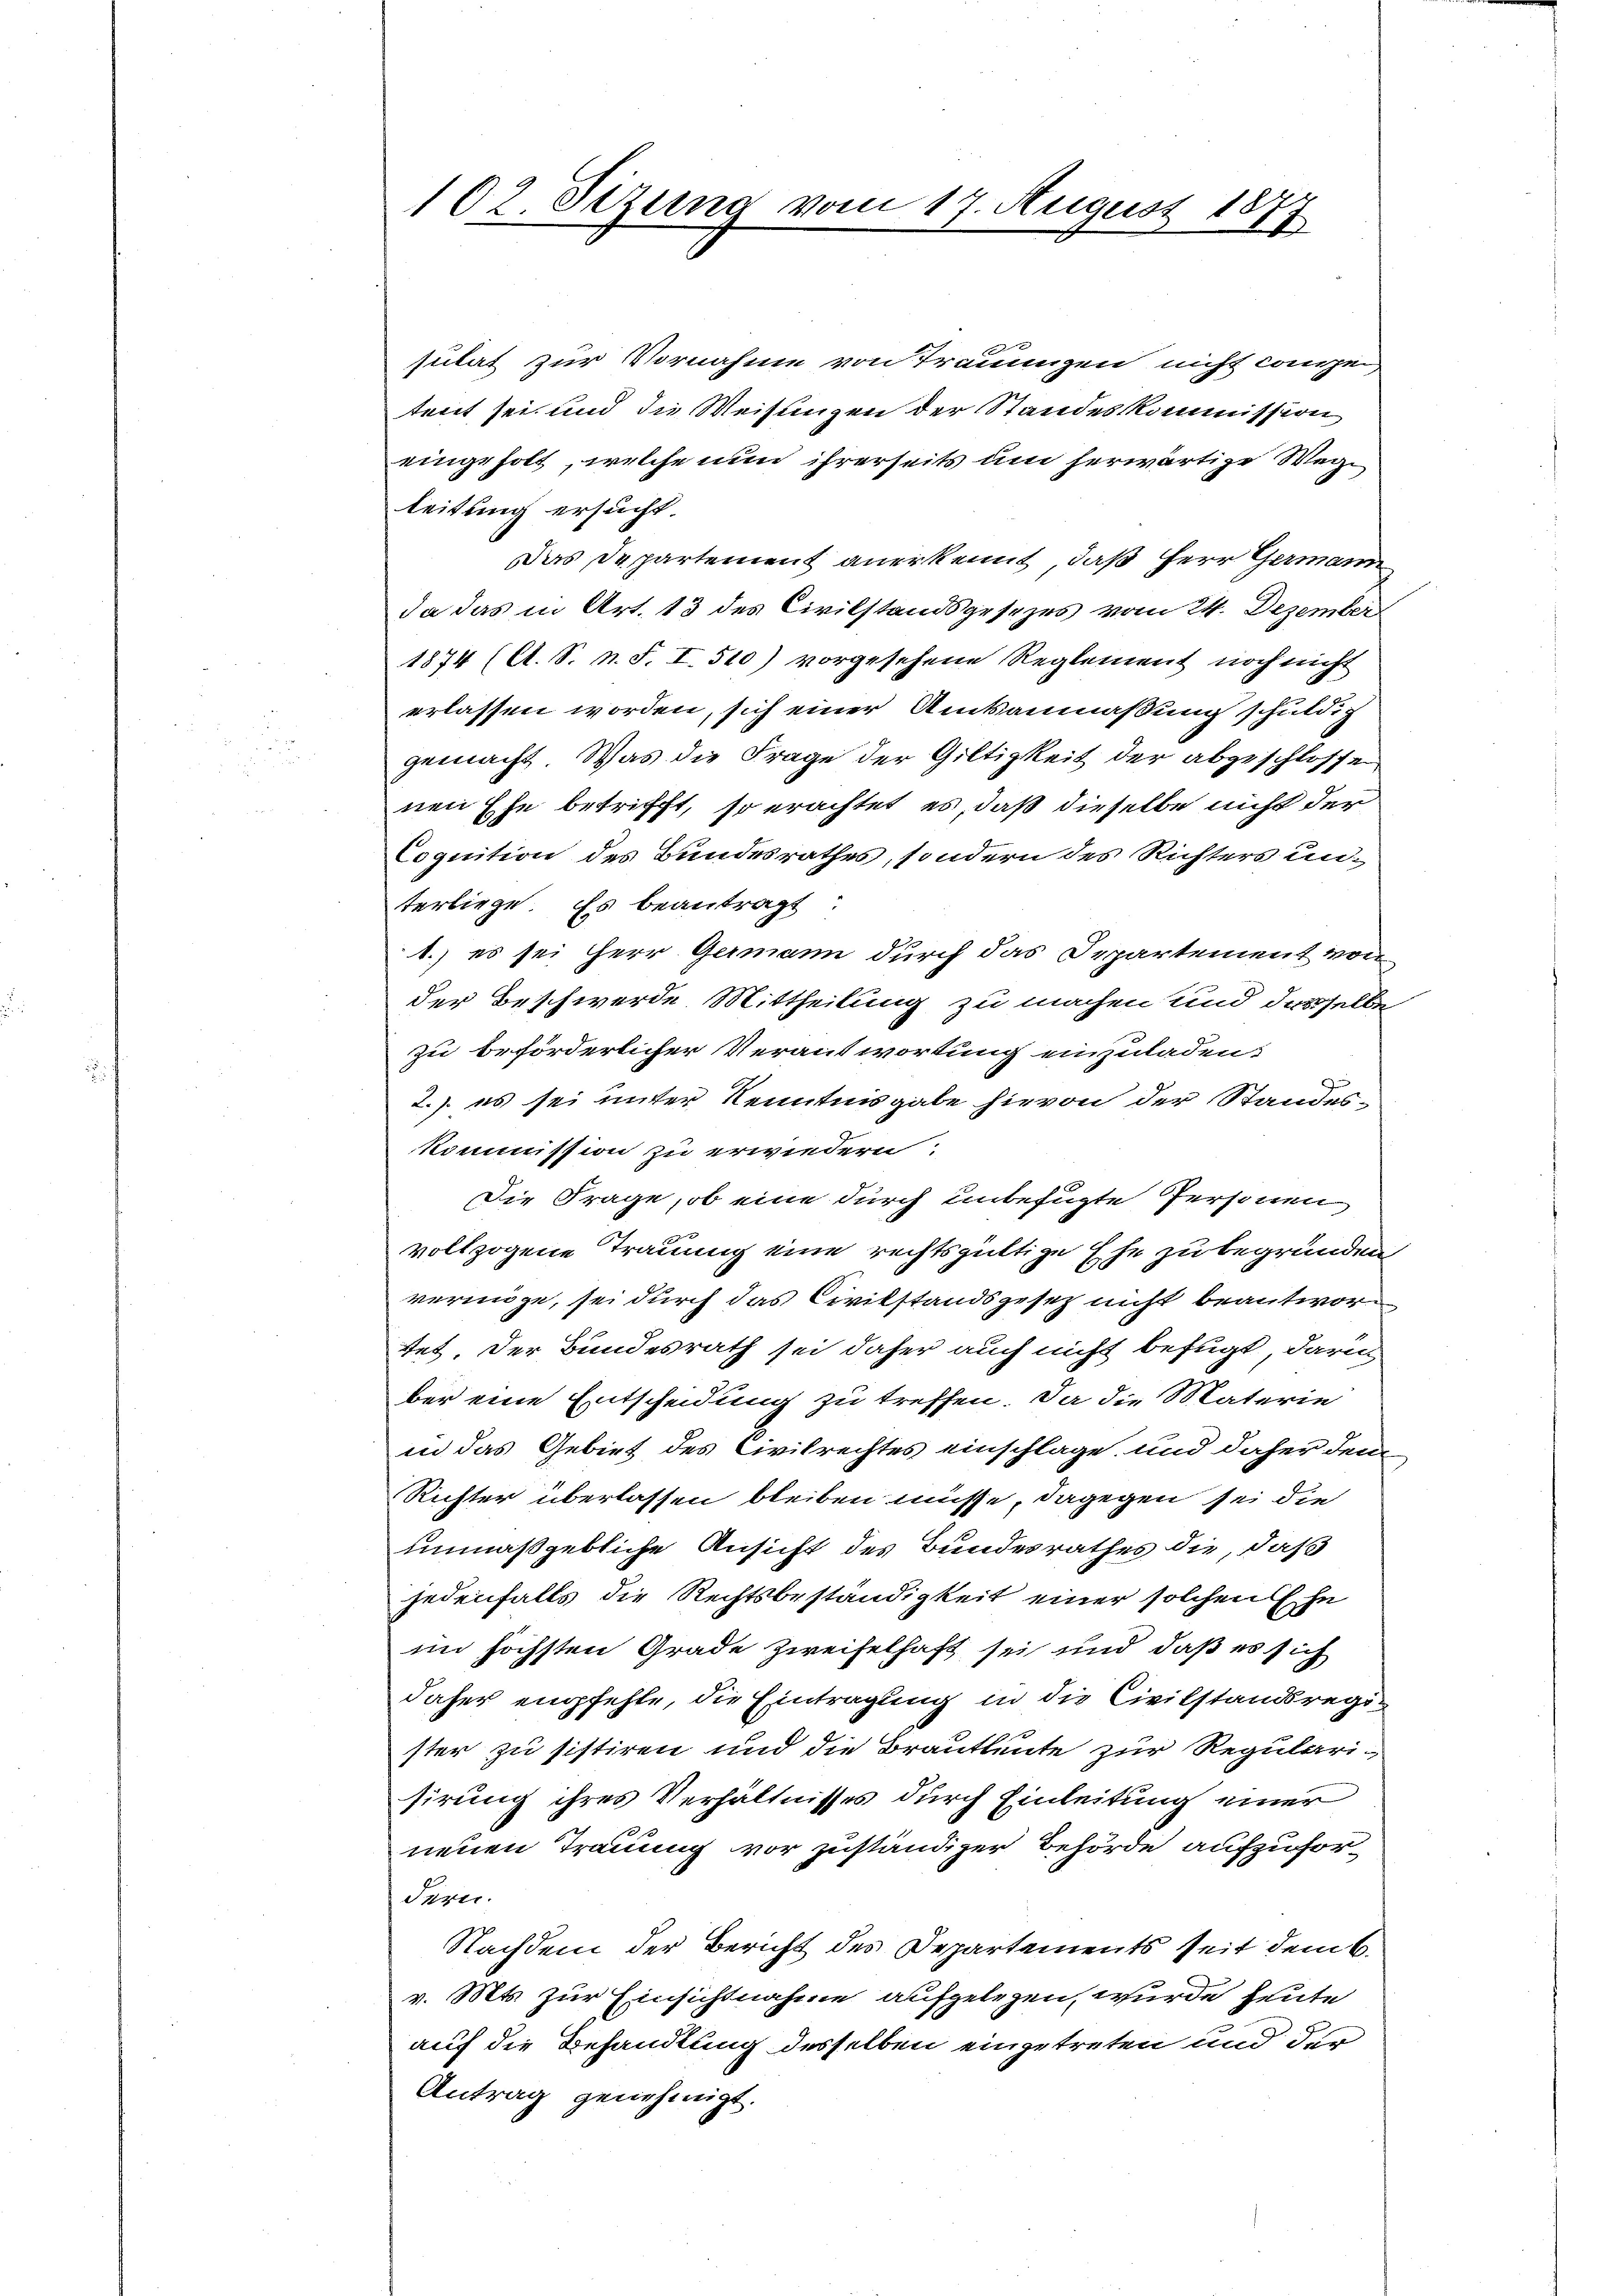
2.
102. Sezung vom 17. August 177

sulat zur Vornahme von Trauungen nicht compeitent sei und die Weisungen der Standeskommission
eingeholt, welche nun ihrerseits um herwärtige Wege
leitung ersucht.
Das Departement anerkennt, daß Herr Germann
da das in Art. 13 des Civilstandsgesezes vom 24. Dezember
1874 (A. S. n. F. I. 510) vorgesehene Reglement noch nicht
erlassen worden, sich einer Amtsanmaßung schuldig
gemacht. Was die Frage der Giltigkeit der abgeschlossen
nen Ehe betrifft, so erachtet es, daß dieselbe nicht der
Cognition des Bundesrathes, sondern des Richters unterliege. Es beantragt
1.) es sei Herr Germann durch das Departement von
der Beschwerde Mittheilung zu machen und desselbe
zu beförderlicher Verantwortung einzuladen.
2. es sei unter Kenntnisgabe hievon der Standes-
Kommission zu erwiedern.
Die Frage, ob eine durch unbefugte Personen
vollzogene Trauung eine rechtsgültige Ehe zu begründen
vermöge, sei durch das Civilstandsgesetz nicht beantwortet. Der Bundesrath sei daher auch nicht befugt, darin
ber eine Entscheidung zu treffen. Da die Materie
in das Gebiet des Civilrechtes einschlage und daher den
Richter überlassen bleiben müsse, dagegen sei die
unmaßgebliche Ansicht des Bundesrathes die, daß
jedenfalls die Rechtsbeständigkeit einer solchen Ehe
im höchsten Grade zweifelhaft sei und daß es sich
daher empfehle, die Eintragung in die Civilstandsregister zu sistiren und die Brautleute zur Regularisirung ihres Verhältnisses durch Einleitung einer
neuen Trauung vor zuständiger Behörde aufzufordern.
Nachdem der Bericht des Departements seit dem 6.
v. Mts. zur Einsichtnahme aufgelegen, wurde heute
auf die Behandlung desselben eingetreten und der
Antrag genehmigt.